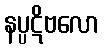
နပ္ပဋိဗလော